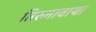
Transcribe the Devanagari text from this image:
तिरुनावाया